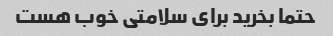
حتما بخرید برای سلامتی خوب هست